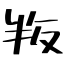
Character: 叛